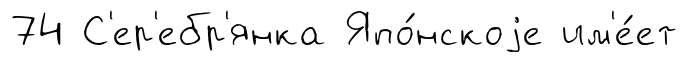
74 С'ер'ебр'янка Япо́нскоjе им'е́ет